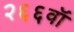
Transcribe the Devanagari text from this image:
२६६वॉ